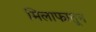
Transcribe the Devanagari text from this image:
मिलाफातून